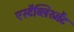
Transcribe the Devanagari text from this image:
एस्टैब्लिश्मेंट